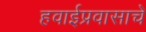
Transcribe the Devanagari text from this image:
हवाईप्रवासाचे